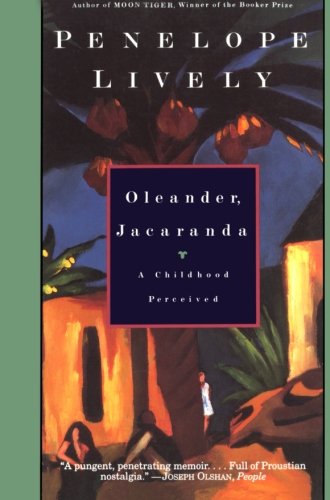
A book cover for Oleander, Jacaranda: A Childhood Perceived; Penelope Lively; Biographies & Memoirs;